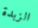
الزبدة